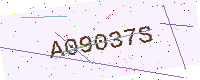
Text: A09037S